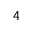
^ 4